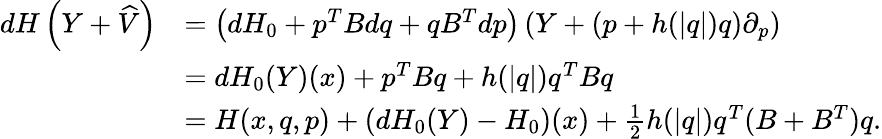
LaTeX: \begin{array}{rl}{dH\left(Y+\widehat{V}\right)}&{=\left(dH_{0}+p^{T}Bdq+qB^{T}dp\right)\left(Y+(p+h(|q|)q)\partial_{p}\right)}\\ &{=dH_{0}(Y)(x)+p^{T}Bq+h(|q|)q^{T}Bq}\\ &{=H(x,q,p)+(dH_{0}(Y)-H_{0})(x)+\frac{1}{2}h(|q|)q^{T}(B+B^{T})q.}\end{array}